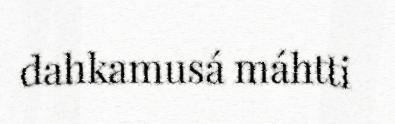
dahkamusá máhtti